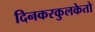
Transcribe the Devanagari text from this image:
दिनकरकुलकेतो